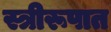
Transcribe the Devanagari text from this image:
स्त्रीरूपात